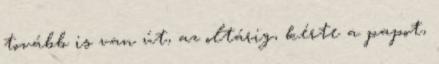
tovább is van út, az oltárig, kérte a papot,